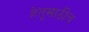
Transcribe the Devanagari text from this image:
हेतूसाठीच